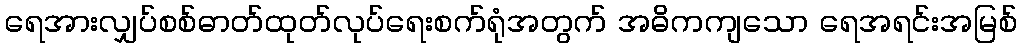
ရေအားလျှပ်စစ်ဓာတ်ထုတ်လုပ်ရေးစက်ရုံအတွက် အဓိကကျသော ရေအရင်းအမြစ်